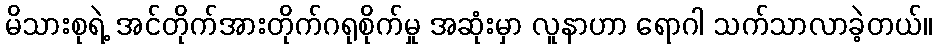
မိသားစုရဲ့ အင်တိုက်အားတိုက်ဂရုစိုက်မှု အဆုံးမှာ လူနာဟာ ရောဂါ သက်သာလာခဲ့တယ်။